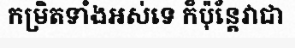
កម្រិតទាំងអស់ទេ ក៏ប៉ុន្តែវាជា